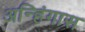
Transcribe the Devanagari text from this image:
अन्हिंगास